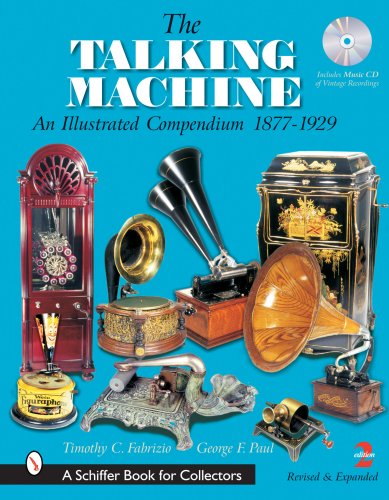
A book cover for The Talking Machine: An Illustrated Compendium 1877-1929; Timothy C. Fabrizio; Crafts, Hobbies & Home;